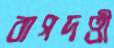
বাগদণ্ডী